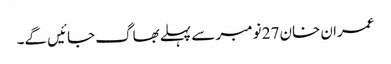
عمران خان 27 نومبر سے پہلے بھاگ جائیں گے۔